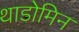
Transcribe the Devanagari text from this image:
थाडोमिन